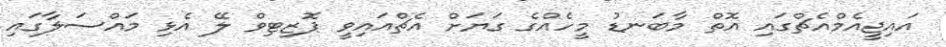
އައިޖީއެމްއެޗްގައި އޮތް މާބަނޑު މީހެއްގެ ގަޔަށް އެޗްއައިވީ ޕޮޒިޓިވް ލޭ އެޅި މައްސަލާގައި